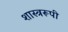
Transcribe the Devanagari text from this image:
शास्त्ररूपी